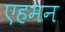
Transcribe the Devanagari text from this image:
एहमन